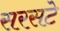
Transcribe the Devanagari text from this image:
सरसटे